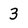
Character: 3